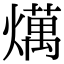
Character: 燤